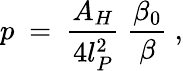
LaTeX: p~=~{\frac{A_{H}}{4l_{P}^{2}}}~{\frac{\beta_{0}}{\beta}}~,